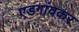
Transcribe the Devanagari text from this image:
एडगांवकर